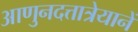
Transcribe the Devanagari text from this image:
आणुनदत्तात्रेयानें